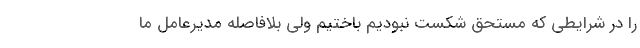
را در شرایطی که مستحق شکست نبودیم باختیم ولی بلافاصله مدیرعامل ما